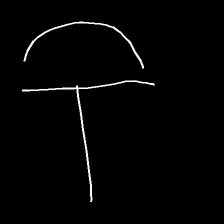
Glyph: dispersion